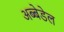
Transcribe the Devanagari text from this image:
अब्बेडेल